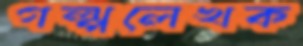
গল্পলেখক